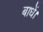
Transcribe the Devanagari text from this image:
बाधें।